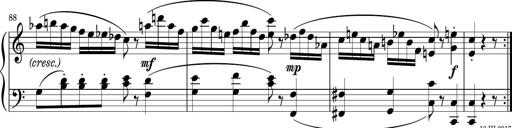
Title: Sonatina PandemÃ³nium
Composer: VÃ­ctor Carbajo
Key: C major